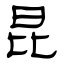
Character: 昆